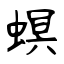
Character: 螟